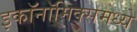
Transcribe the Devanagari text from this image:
इकाॅनाॅमिक्समध्ये